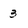
Character: 3